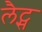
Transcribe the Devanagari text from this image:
लैट्स